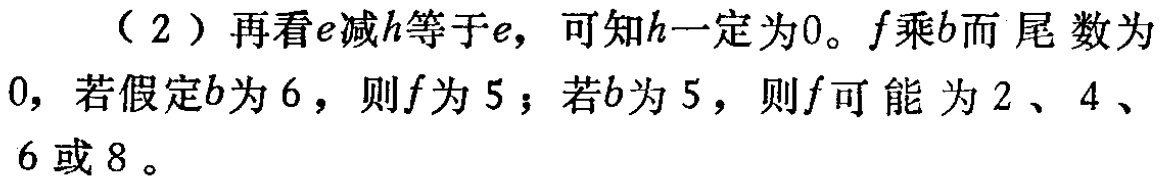
（2）再看\(e\)减\(h\)等于\(e\)，可知\(h\)一定为\(0\)。\(f\)乘\(b\)而尾数为\(0\)，若假定\(b\)为\(6\)，则\(f\)为\(5\)；若\(b\)为\(5\)，则\(f\)可能为\(2\)、\(4\)、\(6\)或\(8\)。